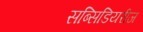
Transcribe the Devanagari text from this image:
सब्सिडियरीज